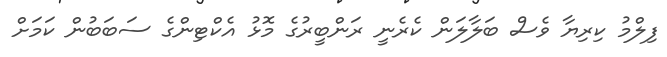
ފިލްމު ކިރިޔާ ވެސް ބަލާލަން ކެރެނީ ރަންބީރުގެ މޮޅު އެކްޓިންގެ ސަބަބުން ކަމަށް